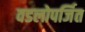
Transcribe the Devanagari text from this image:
वडलोपर्जित